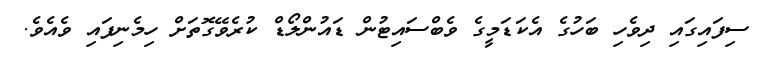
ސިފައިގައި ދިވެހި ބަހުގެ އެކަޑަމީގެ ވެބްސައިޓުން ޑައުންލޯޑް ކުރެވޭގޮތަށް ހިމެނިފައި ވެއެވެ.